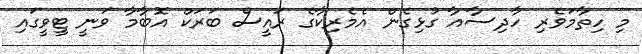
މި ހިތާމަވެރި ހާދިސާއާ ގުޅިގެން އެމެރިކާގެ ރައީސް ބަރަކް އޮބާމާ ވަނީ ޓީވީގައި